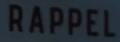
RAPPEL